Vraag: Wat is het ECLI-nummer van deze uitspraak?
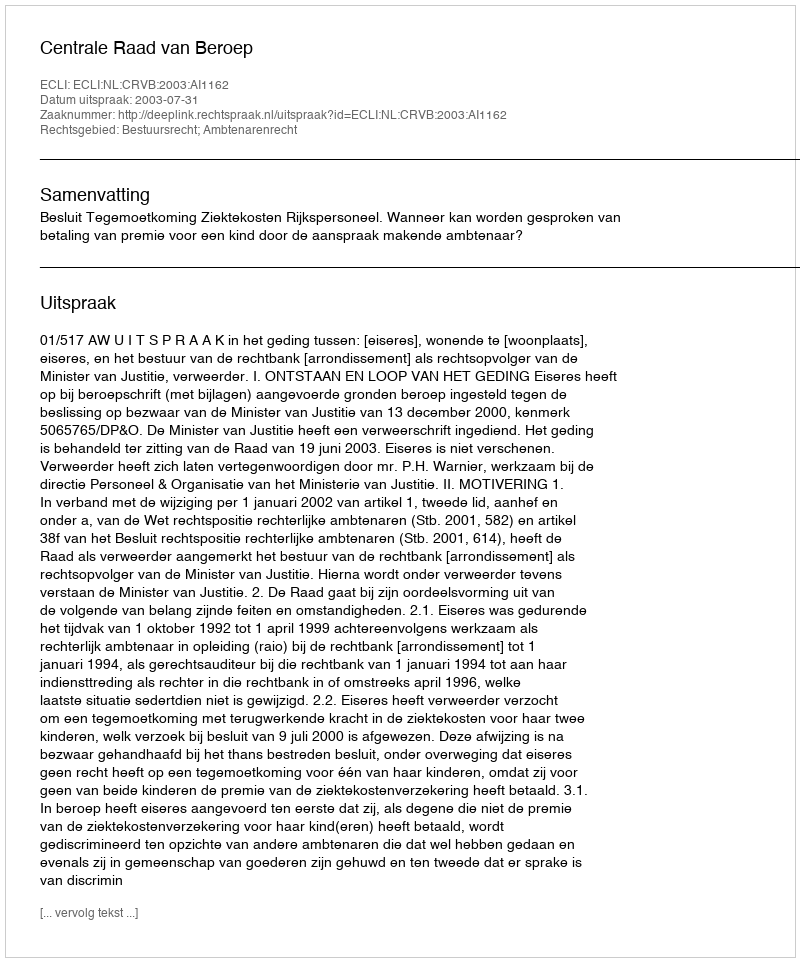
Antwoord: ECLI:NL:CRVB:2003:AI1162